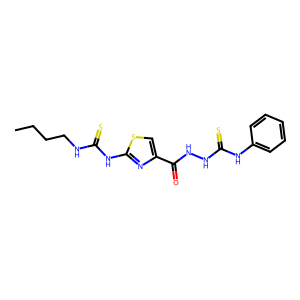
SMILES: CCCCNC(=S)Nc1nc(C(=O)NNC(=S)Nc2ccccc2)cs1
Inhibits HIV replication: Yes